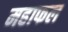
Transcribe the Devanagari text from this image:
महाफल